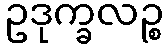
ဥဒုက္ခလဉ္စ